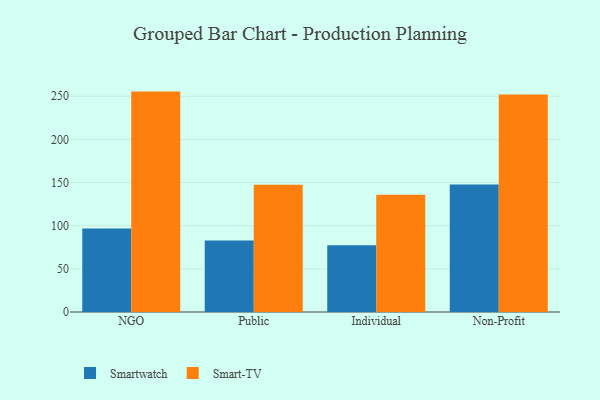
{"axis": {"x": "Segment", "y": "Market Share (%)"}, "legend": ["Smart-TV", "Smartwatch"], "data": [{"x": "NGO", "y": 96.7, "type": "Smartwatch"}, {"x": "NGO", "y": 255.4, "type": "Smart-TV"}, {"x": "Public", "y": 82.8, "type": "Smartwatch"}, {"x": "Public", "y": 147.6, "type": "Smart-TV"}, {"x": "Individual", "y": 77.3, "type": "Smartwatch"}, {"x": "Individual", "y": 135.8, "type": "Smart-TV"}, {"x": "Non-Profit", "y": 147.7, "type": "Smartwatch"}, {"x": "Non-Profit", "y": 252.1, "type": "Smart-TV"}]}